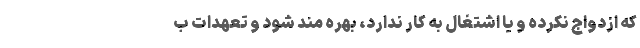
که ازدواج نکرده و یا اشتغال به کار ندارد، بهره مند شود و تعهدات ب